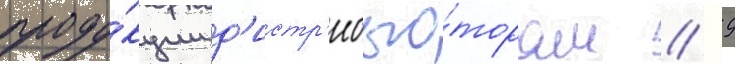
проду́кции д'истр'ибью́торам // 9